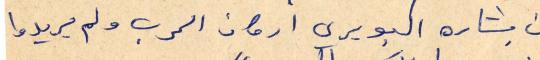
من بشاره البويري اركان الحرب ولم يريدوا